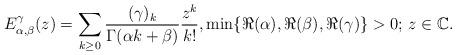
LaTeX: \begin{align*} E_{\alpha, \beta}^\gamma(z) = \sum_{k \geq 0} \frac{(\gamma)_k}{\Gamma(\alpha k+\beta)} \frac{z^k}{k!}, \min\{ \Re(\alpha), \Re(\beta), \Re(\gamma)\}>0;\, z \in \mathbb C. \end{align*}